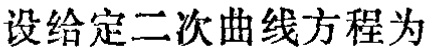
设给定二次曲线方程为